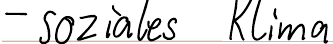
- soziales Klima